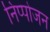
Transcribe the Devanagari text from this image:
निप्‍पोजन